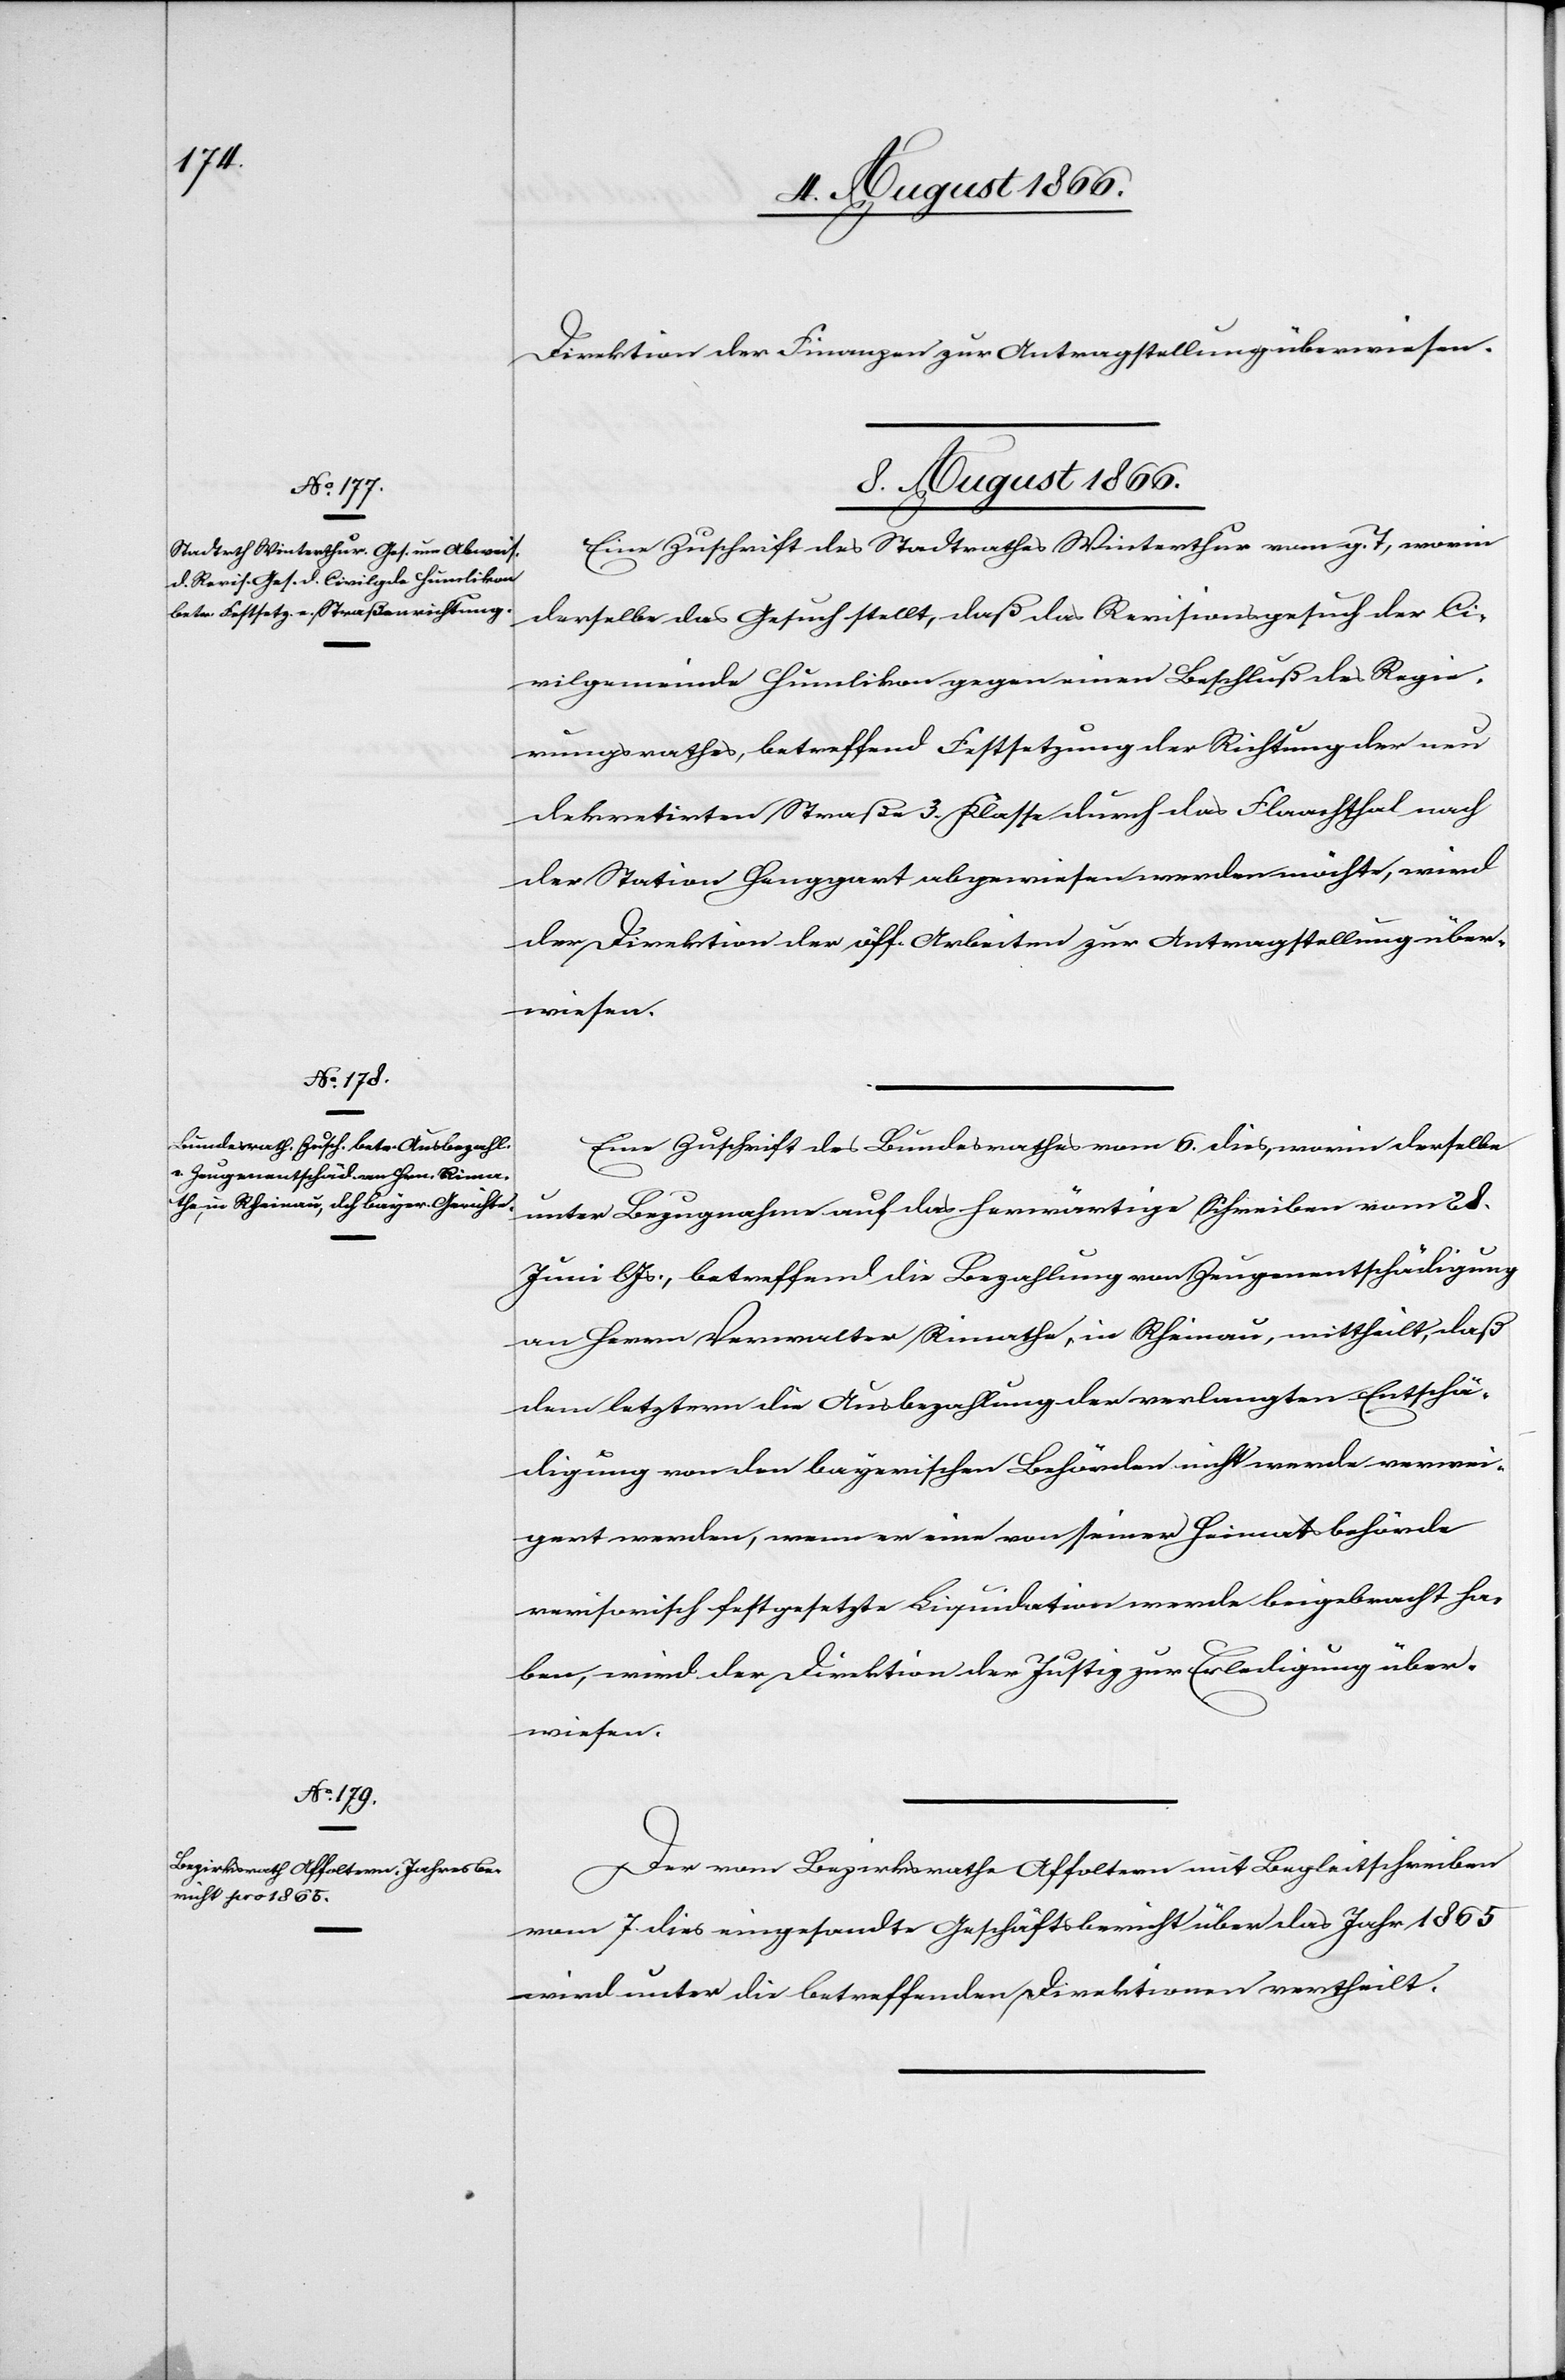
Direktion der Finanzen zur Antragstellung überwiesen.
8. August 1866.]
Eine Zuschrift des Stadtrathes Winterthur vom g. T., worin
derselbe das Gesuch stellt, daß das Revisionsgesuch der Ci¬
vilgemeinde Humlikon gegen einen Beschluß des Regie¬
rungsrathes, betreffend Festsetzung der Richtung der neu
dekretirten Straße 3. Klasse durch das Flaachthal nach
der Station Henggart abgewiesen werden möchte, wird
der Direktion der öff. Arbeiten zur Antragstellung über¬
wiesen.
Eine Zuschrift des Bundesrathes vom 6. dies, worin derselbe
unter Bezugnahme auf das herwärtige Schreiben vom 28.
Juni lJs., betreffend die Bezahlung von Zeugenentschädigung
an Herrn Verwalter Rimathe, in Rheinau, mittheilt, daß
dem letztern die Ausbezahlung der verlangten Entschä¬
digung von den bayerischen Behörden nicht werde verwei¬
gert werden, wenn er eine von seiner Heimatbehörde
revisorisch festgesetzte Liquidation werde beigebracht ha¬
ben, wird der Direktion der Justiz zur Erledigung über¬
wiesen.
Der vom Bezirksrath Affoltern mit Begleitschreiben
vom 7. dies eingesandte Geschäftsbericht über das Jahr 1865
wird unter die betreffenden Direktionen vertheilt.